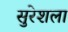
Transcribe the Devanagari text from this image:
सुरेशला